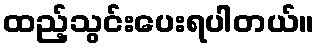
ထည့်သွင်းပေးရပါတယ်။